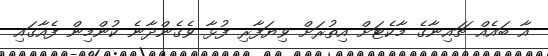
އާ ބައެއް ޗައިނާގެ މާކެޓަށް އިތުރަށް ވިޔަފާރި ފުޅާ ވެގެންދާނެ ކުންމިން ފެއާގައި